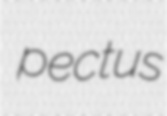
pectus